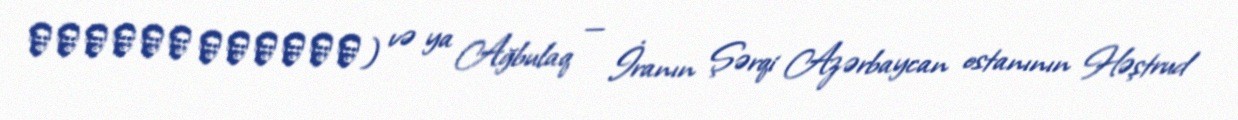
اغبلاغ هشترود) və ya Ağbulaq — İranın Şərqi Azərbaycan ostanının Həştrud